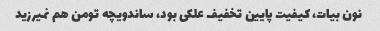
نون بیات، کیفیت پایین تخفیف علکی بود، ساندویچه تومن هم نمیرزید